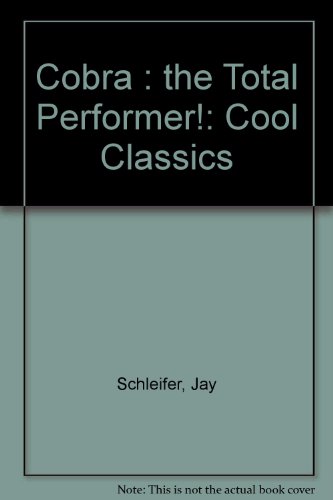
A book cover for Cobra: The Total Performer! (Cool Classics); Jay Schleifer; Children's Books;